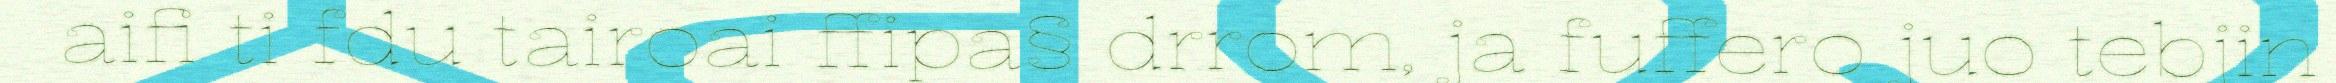
aifi ti fdu tairoai ffipa§ drrom, ja fuffero juo tebjin